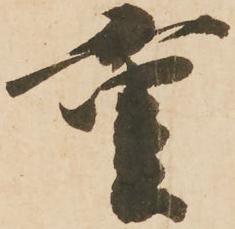
重